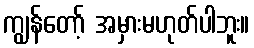
ကျွန်တော့် အမှားမဟုတ်ပါဘူး။